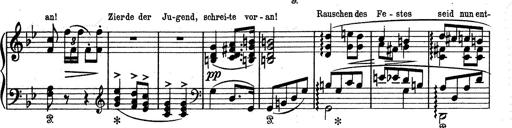
Title: Aus Lohengrin
Composer: Franz Liszt